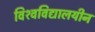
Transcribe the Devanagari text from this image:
विश्‍वविद्यालयीन